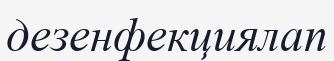
дезенфекциялап